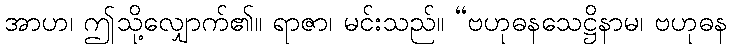
အာဟ၊ ဤသို့လျှောက်၏။ ရာဇာ၊ မင်းသည်။ “ဗဟုဓနသေဋ္ဌိနာမ၊ ဗဟုဓန